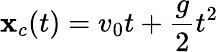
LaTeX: \mathbf{x}_{c}(t)=v_{0}t+\frac{{g}}{{2}}t^{2}